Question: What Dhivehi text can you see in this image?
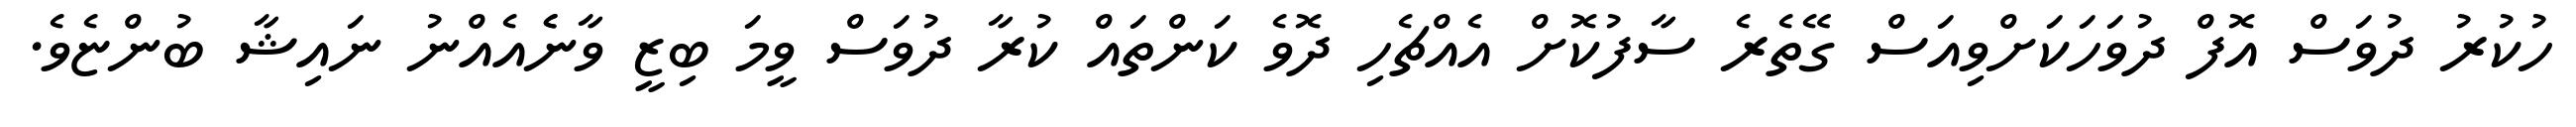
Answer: ހުކުރު ދުވަސް އޮފް ދުވަހަކަށްވިއަސް ގޭތެރެ ސާފުކޮށް އެއްޗެހި ދޮވެ ކަންތައް ކުރާ ދުވަސް ވީމަ ބިޒީ ވާނެެއެއްނު ނައިޝާ ބުންޏެވެ.